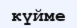
күйме